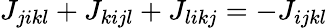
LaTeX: J_{jikl}+J_{kijl}+J_{likj}=-J_{ijkl}